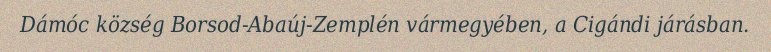
Dámóc község Borsod-Abaúj-Zemplén vármegyében, a Cigándi járásban.